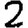
Digit: 2